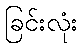
ခြင်းလုံး